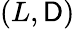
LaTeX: (L,\mathsf{D})